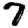
Digit: 7